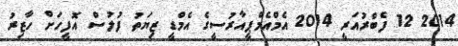
2014 12 ފެބްރުއަރީ 2014 އެމްއެމްޕީއާރުސީގެ އެމްޑީ ޒިޔަތު ފުލުސް އޮފީހަށް ހާޒިރު